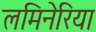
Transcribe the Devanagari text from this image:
लमिनेरिया